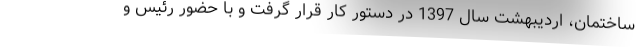
ساختمان، اردیبهشت سال 1397 در دستور کار قرار گرفت و با حضور رئیس و